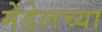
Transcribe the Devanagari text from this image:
मेंडेलच्या